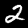
Digit: 2